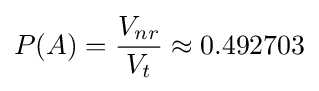
P(A)={\frac {V_{nr}}{V_{t}}}\approx 0.492703